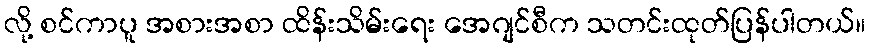
လို့ စင်ကာပူ အစားအစာ ထိန်းသိမ်းရေး အေဂျင်စီက သတင်းထုတ်ပြန်ပါတယ်။